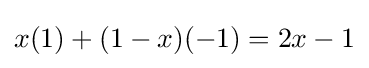
x(1)+(1-x)(-1)=2x-1